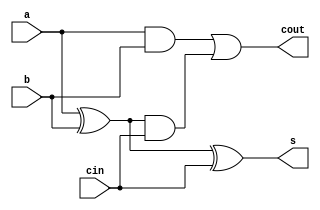
`timescale 1ns / 1ps
//////////////////////////////////////////////////////////////////////////////////
// Company: 		IIT Kharagpur
// 
// Design Name: 
// Module Name:    full_adder_9_1 
// Project Name: 
// Target Devices: 
// Tool versions: 
// Description: 
//
// Dependencies: 
//
// Revision: 
// Revision 0.01 - File Created
// Additional Comments: 
//
//////////////////////////////////////////////////////////////////////////////////
module full_adder_9_1(s,cout,a,b,cin);
output s,cout;
input a,b,cin;
wire w1,w2,w3;

/*xor x1(w2,a,b);
xor x2(s,cin,w2);
and a1(w1,a,b);
and a2(w3,cin,w2);
or o1(cout,w1,w3);
*/

assign s=a^b^cin;
assign cout = a&b | (a^b)&cin;

endmodule